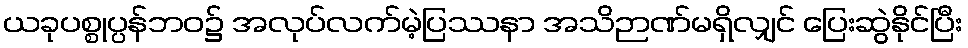
ယခုပစ္စုပ္ပန်ဘဝ၌ အလုပ်လက်မဲ့ပြဿနာ အသိဉာဏ်မရှိလျှင် ပြေးဆွဲနိုင်ပြီး